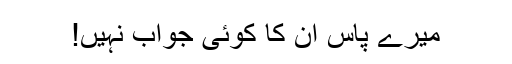
میرے پاس ان کا کوئی جواب نہیں!